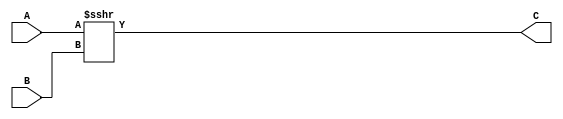
`timescale 1ns / 1ps
/*******************************************************************  
*  
* Module: SRA.v  
* Project: SSRisc  
* Description: Shift Right Arithmetic, shifts a 32 bit input to the right and sign extends
*  
* Change history: 29/06/19 - created 
*                 
*  **********************************************************************/ 



module SRA(
input signed [31:0] A,
input [31:0] B,
output signed [31:0] C
    );
    
    
    assign C = A >>> B;  
    
endmodule